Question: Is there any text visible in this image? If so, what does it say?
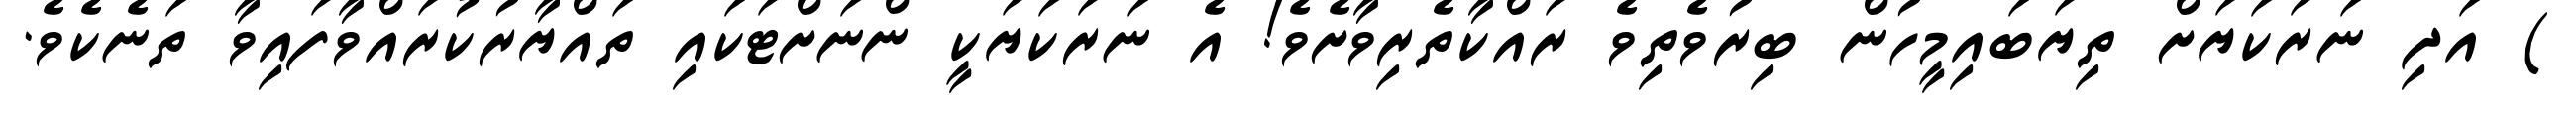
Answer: ) އަދި ނަރަކަޔަށް ތިޔަބައިމީހުން ބިރުވެތިވެ ރައްކާތެރިވާށެވެ! އެ ނަރަކަޔަކީ ންނަށްޓަކައި ތައްޔާރުކުރައްވާފައިވާ ތަނެކެވެ.